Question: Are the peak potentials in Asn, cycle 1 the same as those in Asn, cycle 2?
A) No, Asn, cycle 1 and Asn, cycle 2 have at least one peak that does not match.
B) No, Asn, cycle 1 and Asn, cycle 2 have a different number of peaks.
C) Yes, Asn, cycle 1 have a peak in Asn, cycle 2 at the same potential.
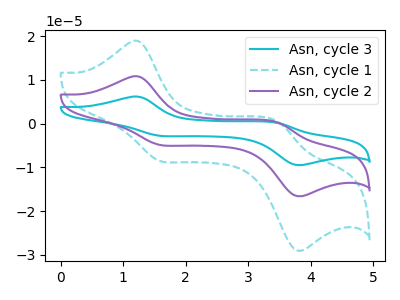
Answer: <think>The cyan curve "Asn, cycle 3" has anodic peaks at (1.25V, 21.60uA) (3.45V, 0.55uA) and cathodic peaks at (1.60V, -9.75uA) (3.75V, -33.05uA). The cyan dashed curve "Asn, cycle 1" has anodic peaks at (1.25V, 18.90uA) (3.45V, 0.50uA) and cathodic peaks at (1.60V, -8.50uA) (3.75V, -28.90uA). The purple curve "Asn, cycle 2" has anodic peaks at (1.25V, 10.80uA) (3.45V, 0.30uA) and cathodic peaks at (1.60V, -4.85uA) (3.75V, -16.55uA).</think>
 <answer>C) Yes, "Asn, cycle 1" have a peak in "Asn, cycle 2" at the same potential.</answer>
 <eval>C</eval>